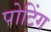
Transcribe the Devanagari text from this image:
पोटिंग